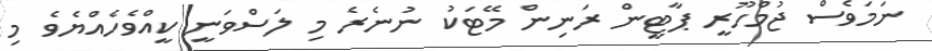
ނަމަވެސް ޖުމްހޫރީ ޕާޓީން ރަނިން މޭޓަކު ނުނެރެ މިި ލަސްވަނީ ކީއްވެހެއްޔެވެ މި